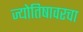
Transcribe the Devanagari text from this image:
ज्योतिषावरचा